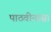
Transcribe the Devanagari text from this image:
पाठवीनासा